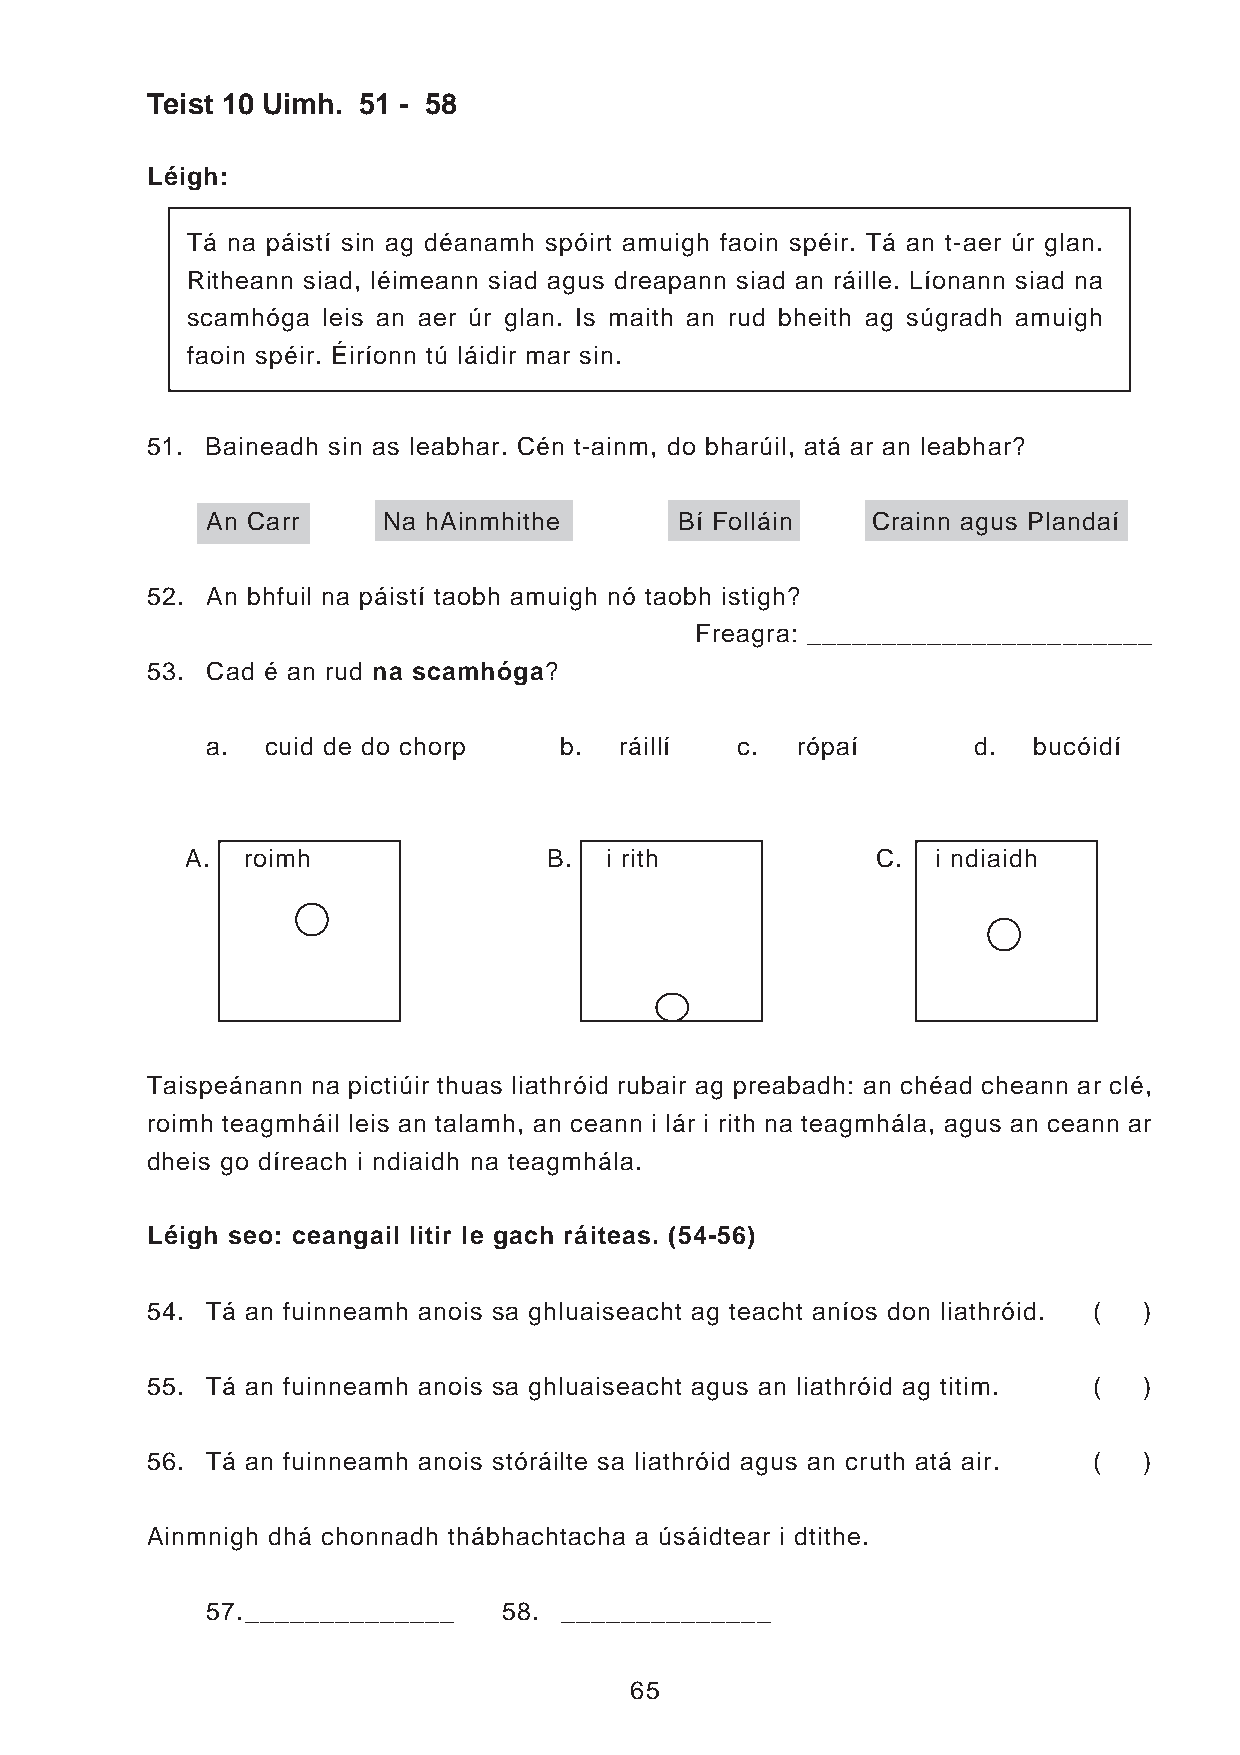
Teist 10 Uimh. 51 - 58
 Léigh:
 Tá na páistí sin ag déanamh spóirt amuigh faoin spéir. Tá an t-aer úr glan.
 Ritheann siad, léimeann siad agus dreapann siad an ráille. Líonann siad na
 scamhóga leis an aer úr glan. Is maith an rud bheith ag súgradh amuigh
 faoin spéir. Éiríonn tú láidir mar sin.
 51. Baineadh sin as leabhar. Cén t-ainm, do bharúil, atá ar an leabhar?
 An Carr    Na hAinmhithe       Bí Folláin   Crainn agus Plandaí
 52. An bhfuil na páistí taobh amuigh nó taobh istigh?
 Freagra: _______________________
 53. Cad é an rud na scamhóga?
 a.  cuid de do chorp   b.  ráillí  c.  rópaí      d.  bucóidí
 A.  roimh               B.  i rith            C.  i ndiaidh
 Taispeánann na pictiúir thuas liathróid rubair ag preabadh: an chéad cheann ar clé,
 roimh teagmháil leis an talamh, an ceann i lár i rith na teagmhála, agus an ceann ar
 dheis go díreach i ndiaidh na teagmhála.
 Léigh seo: ceangail litir le gach ráiteas. (54-56)
 54. Tá an fuinneamh anois sa ghluaiseacht ag teacht aníos don liathróid. ( )
 55. Tá an fuinneamh anois sa ghluaiseacht agus an liathróid ag titim. ( )
 56. Tá an fuinneamh anois stóráilte sa liathróid agus an cruth atá air. ( )
 Ainmnigh dhá chonnadh thábhachtacha a úsáidtear i dtithe.
 57.______________  58. ______________
 65